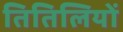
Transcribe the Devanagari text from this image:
तितिलियों